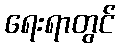
ရေးရာတွင်